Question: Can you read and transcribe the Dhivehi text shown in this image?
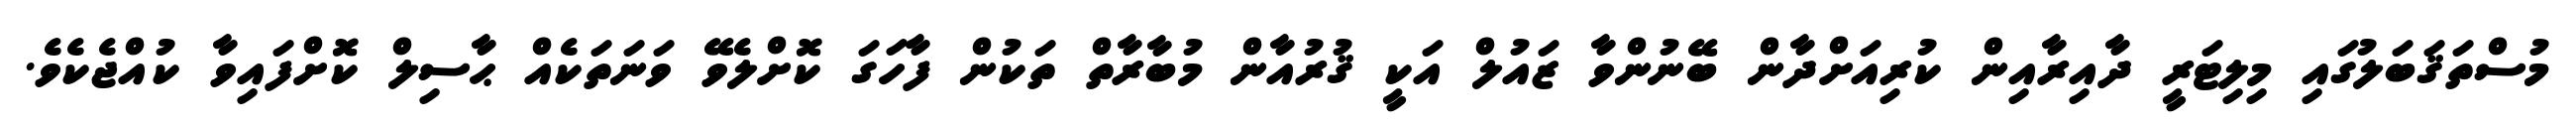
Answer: މުސްތަޤަބަލުގައި މިލިޓަރީ ދާއިރާއިން ކުރިއަށްދާން ބޭނުންވާ ޒައުލް އަކީ ޤުރުއާން މުބާރާތް ތަކުން ފާހަގަ ކޮށްލެވޭ ވަނަތަކެއް ޙާސިލް ކޮށްފައިވާ ކުއްޖެކެވެ.